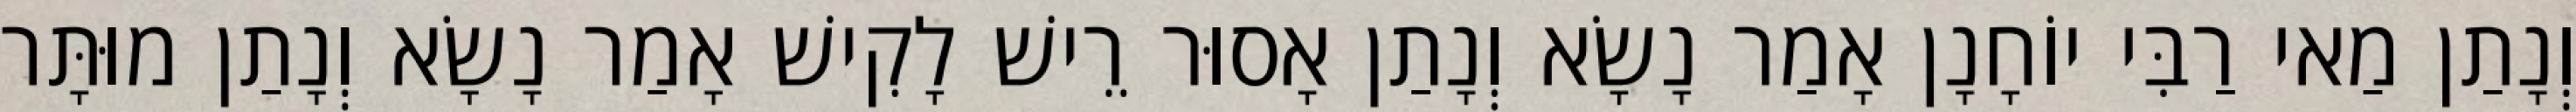
וְנָתַן מַאי רַבִּי יוֹחָנָן אָמַר נָשָׂא וְנָתַן אָסוּר רֵישׁ לָקִישׁ אָמַר נָשָׂא וְנָתַן מוּתָּר